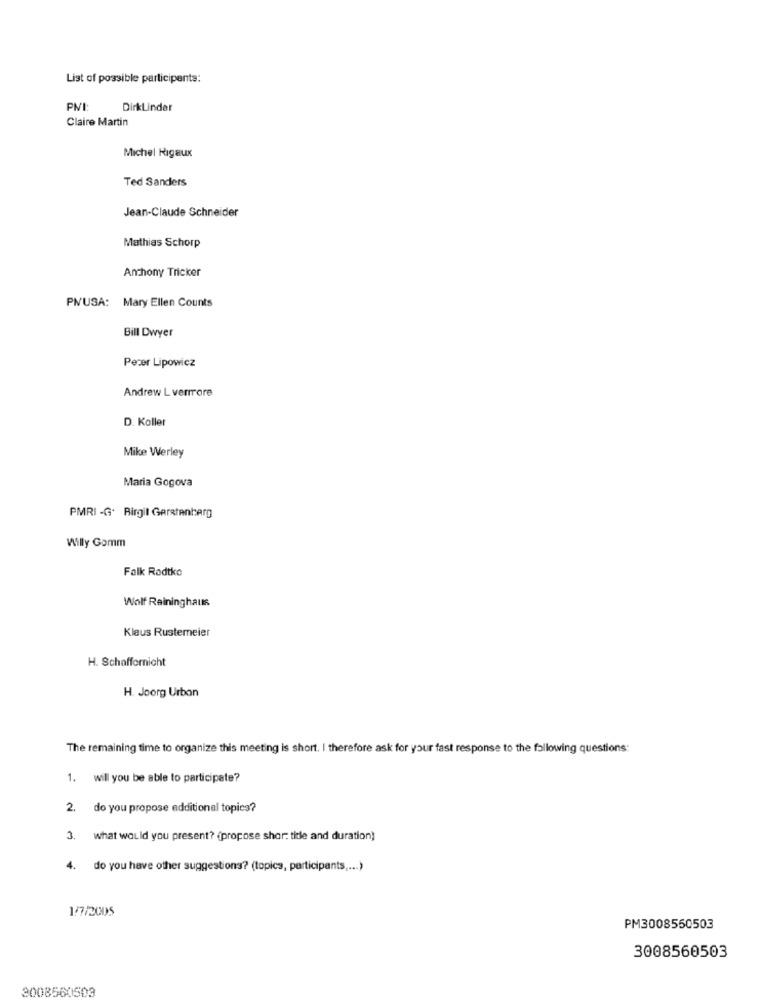
List of possible participants:
PMI:
DirkLinder
Claire Martin
Michel Rigaux
Ted Sanders
Jean-Claude Schneider
Mathias Schorp
Anthony Tricker
PNUSA: Mary Ellen Counts
Bill Dwyer
Pecer Lipowicz
Andrew L verrrore
D. Koller
Mike Werley
Maria Gogova
PMRI -G. Birgit Gerstenberg
Willy Gomm
Falk Radtke
Wolf Raininghaus
Klaus Rustemeier
H. Schaffornicht
H. Joorg Urban
The remaining time to organize this meeting is short. I therefore ask for your fast response to the following questions:
1. will you be able to participate?
2. do you propose additional topics?
3. what would you present? (propose shor: title and duration)
4.
do you have other suggestions? (topics, participants .... )
1/7/2005
PM3008550503
3008560503
2008560503